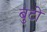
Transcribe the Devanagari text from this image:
बुटो